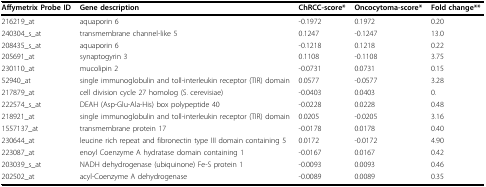
<table><thead><tr><td><b>Affymetrix Probe ID</b></td><td><b>Gene description</b></td><td><b>ChRCC-score*</b></td><td><b>Oncocytoma-score*</b></td><td><b>Fold change**</b></td></tr></thead><tbody><tr><td>216219_at</td><td>aquaporin 6</td><td>-0.1972</td><td>0.1972</td><td>0.20</td></tr><tr><td>240304_s_at</td><td>transmembrane channel-like 5</td><td>0.1247</td><td>-0.1247</td><td>13.0</td></tr><tr><td>208435_s_at</td><td>aquaporin 6</td><td>-0.1218</td><td>0.1218</td><td>0.22</td></tr><tr><td>205691_at</td><td>synaptogyrin 3</td><td>0.1108</td><td>-0.1108</td><td>3.75</td></tr><tr><td>230110_at</td><td>mucolipin 2</td><td>-0.0731</td><td>0.0731</td><td>0.15</td></tr><tr><td>52940_at</td><td>single immunoglobulin and toll-interleukin receptor (TIR) domain</td><td>0.0577</td><td>-0.0577</td><td>3.28</td></tr><tr><td>217879_at</td><td>cell division cycle 27 homolog (S. cerevisiae)</td><td>-0.0403</td><td>0.0403</td><td>0.</td></tr><tr><td>222574_s_at</td><td>DEAH (Asp-Glu-Ala-His) box polypeptide 40</td><td>-0.0228</td><td>0.0228</td><td>0.48</td></tr><tr><td>218921_at</td><td>single immunoglobulin and toll-interleukin receptor (TIR) domain</td><td>0.0205</td><td>-0.0205</td><td>3.16</td></tr><tr><td>1557137_at</td><td>transmembrane protein 17</td><td>-0.0178</td><td>0.0178</td><td>0.40</td></tr><tr><td>230644_at</td><td>leucine rich repeat and fibronectin type III domain containing 5</td><td>0.0172</td><td>-0.0172</td><td>4.90</td></tr><tr><td>223087_at</td><td>enoyl Coenzyme A hydratase domain containing 1</td><td>-0.0167</td><td>0.0167</td><td>0.42</td></tr><tr><td>203039_s_at</td><td>NADH dehydrogenase (ubiquinone) Fe-S protein 1</td><td>-0.0093</td><td>0.0093</td><td>0.46</td></tr><tr><td>202502_at</td><td>acyl-Coenzyme A dehydrogenase</td><td>-0.0089</td><td>0.0089</td><td>0.35</td></tr></tbody></table>